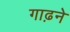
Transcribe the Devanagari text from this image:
गाढ़ने